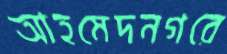
আহমেদনগরে